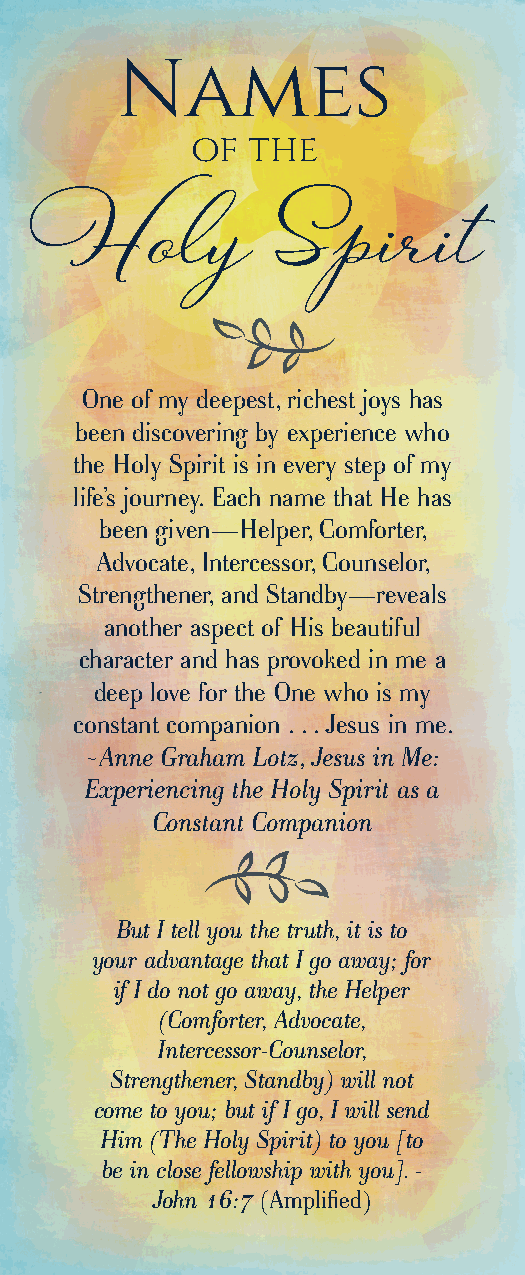
Names
 of the
 Holy            Spirit
 One of my deepest, richest joys has
 been discovering by experience who
 the Holy Spirit is in every step of my
 life’s journey. Each name that He has
 been given—Helper, Comforter,
 Advocate, Intercessor, Counselor,
 Strengthener, and Standby—reveals
 another aspect of His beautiful
 character and has provoked in me a
 deep love for the One who is my
 constant companion . . . Jesus in me.
 ~Anne Graham Lotz, Jesus in Me:
 Experiencing the Holy Spirit as a
 Constant Companion
 But I tell you the truth, it is to
 your advantage that I go away; for
 if I do not go away, the Helper
 (Comforter, Advocate,
 Intercessor-Counselor,
 Strengthener, Standby) will not
 come to you; but if I go, I will send
 Him (The Holy Spirit) to you [to
 be in close fellowship with you]. -
 John 16:7 (Amplified)